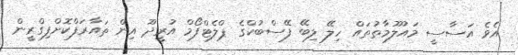
އެވެ އަސާސީ މައުލޫމާތުތައް ހިލޭ ލިބޭ ފޭސްބުކްގެ ޕްލެޓްފޯމް އުރީދޫ އިން ތައާރަފްކޮށްފިގްރީން